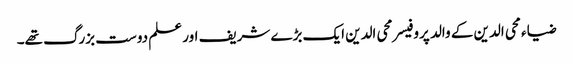
ضیاء محی الدین کے والد پروفیسر محی الدین ایک بڑے شریف اور علم دوست بزرگ تھے۔